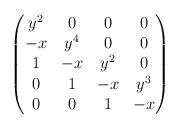
LaTeX: \begin{align*}\begin{pmatrix}y^2 & 0 &0 &0\\-x & y^4 &0 &0\\1& -x &y^2 &0\\0 & 1 & -x & y^3\\0 &0 & 1& -x \end{pmatrix}\end{align*}